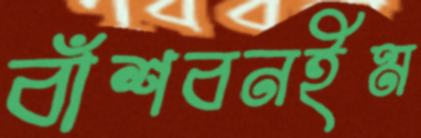
বাঁশবনইম